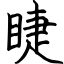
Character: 睫